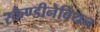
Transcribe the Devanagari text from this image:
स्कैण्डीनेवियन